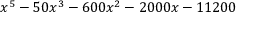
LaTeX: x ^ { 5 } - 5 0 x ^ { 3 } - 6 0 0 x ^ { 2 } - 2 0 0 0 x - 1 1 2 0 0